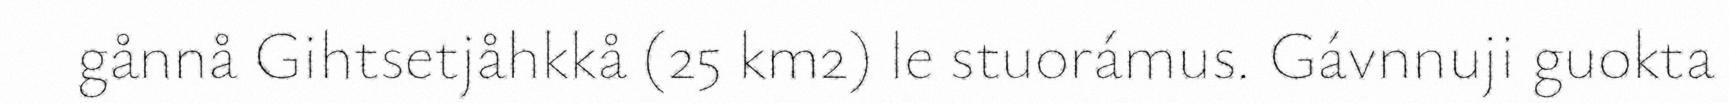
gånnå Gihtsetjåhkkå (25 km2) le stuorámus. Gávnnuji guokta